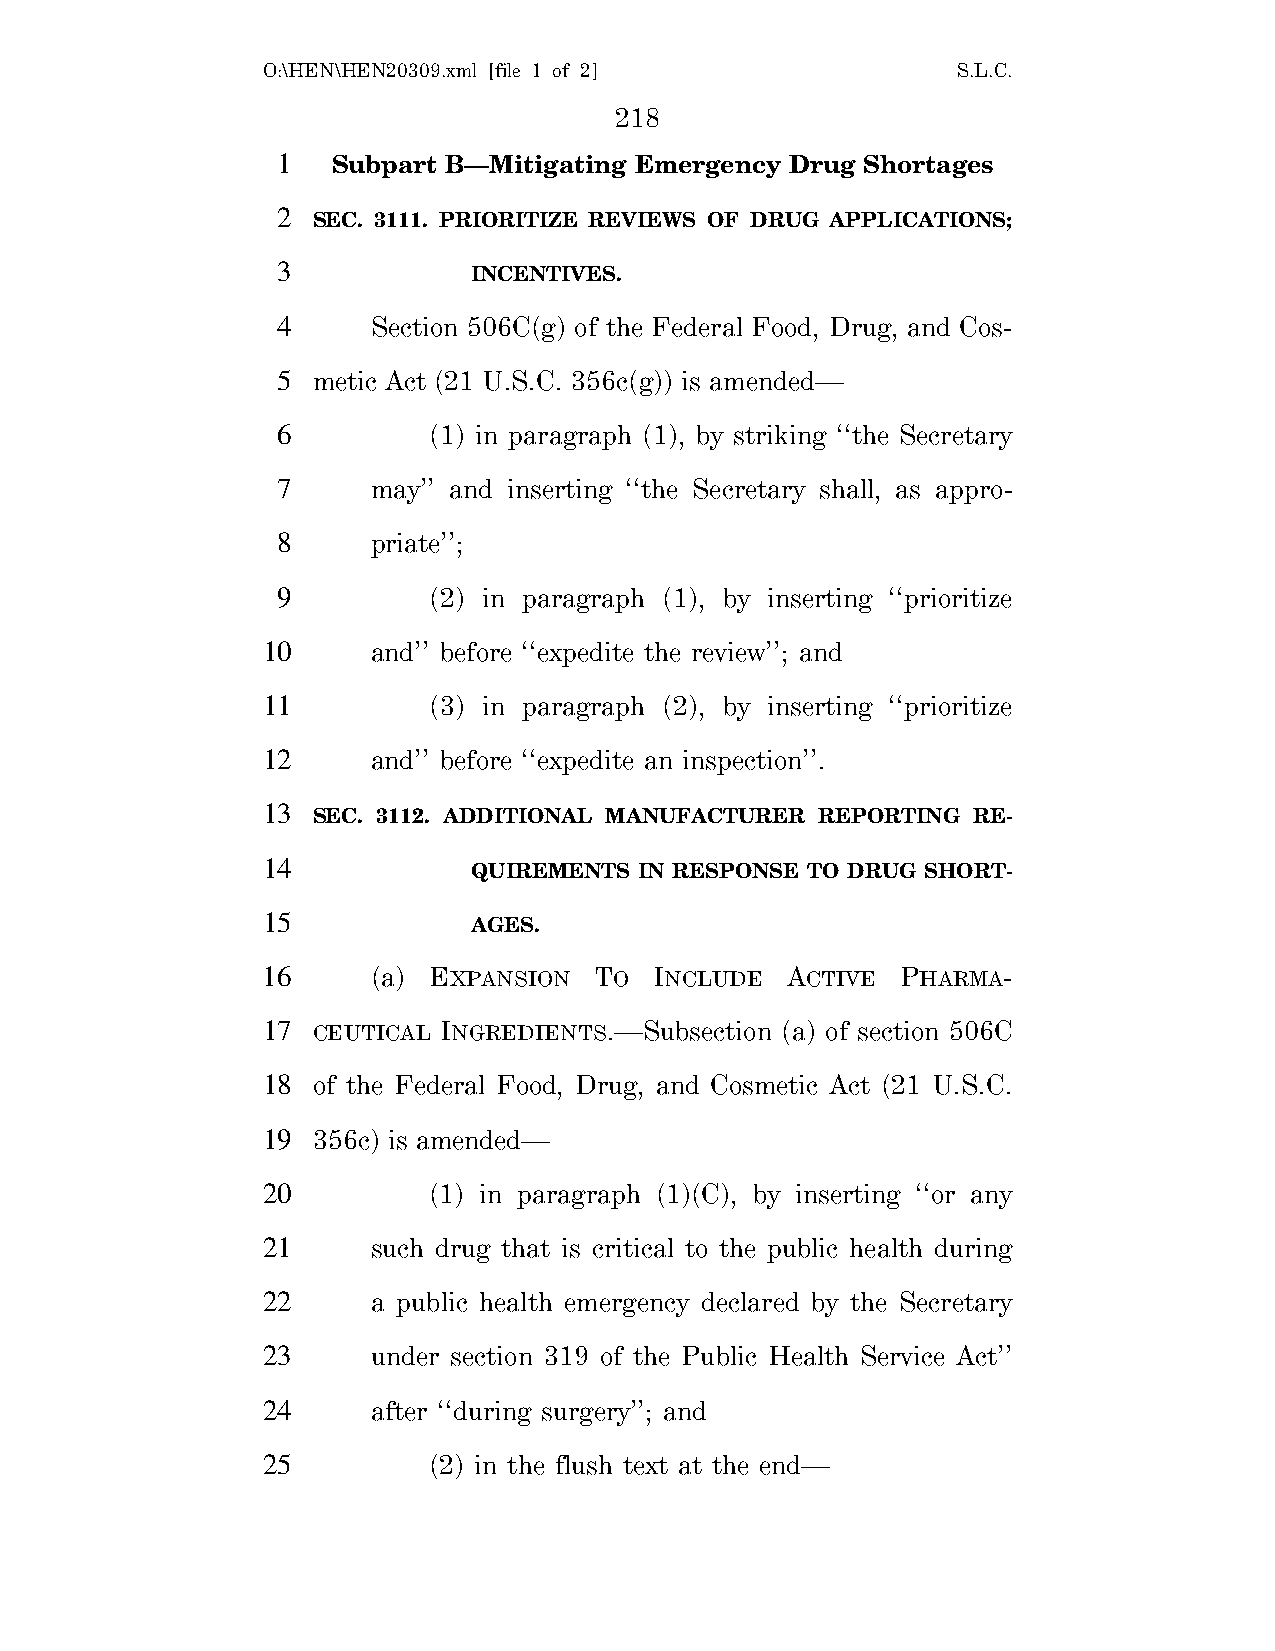
O:\HEN\HEN20309.xml [file 1 of 2]             S.L.C.
 218
 1   Subpart B—Mitigating Emergency Drug Shortages
 2
 SEC. 3111. PRIORITIZE REVIEWS OF DRUG APPLICATIONS;
 3
 INCENTIVES.
 4      Section 506C(g) of the Federal Food, Drug, and Cos-
 5  metic Act (21 U.S.C. 356c(g)) is amended—
 6         (1) in paragraph (1), by striking ‘‘the Secretary
 7      may’’ and inserting ‘‘the Secretary shall, as appro-
 8      priate’’;
 9         (2) in paragraph (1), by inserting ‘‘prioritize
 10      and’’ before ‘‘expedite the review’’; and
 11         (3) in paragraph (2), by inserting ‘‘prioritize
 12      and’’ before ‘‘expedite an inspection’’.
 13
 SEC. 3112. ADDITIONAL MANUFACTURER REPORTING RE-
 14
 QUIREMENTS IN RESPONSE TO DRUG SHORT-
 15
 AGES.
 16      (a) EXPANSION TO  INCLUDE  ACTIVE  PHARMA-
 17  CEUTICAL INGREDIENTS.—Subsection (a) of section 506C
 18  of the Federal Food, Drug, and Cosmetic Act (21 U.S.C.
 19  356c) is amended—
 20         (1) in paragraph (1)(C), by inserting ‘‘or any
 21      such drug that is critical to the public health during
 22      a public health emergency declared by the Secretary
 23      under section 319 of the Public Health Service Act’’
 24      after ‘‘during surgery’’; and
 25         (2) in the flush text at the end—